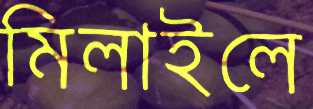
মিলাইলে